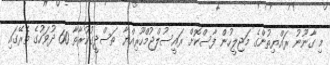
މި ގާނޫނު ރައްޔިތުންގެ މަޖިލީހުން ފާސްކޮށް ރައީސުލްޖުމްހޫރިއްޔާ ތަސްދީގުކުރާތާ 60 ދުވަހުގެ ތެރޭގައި